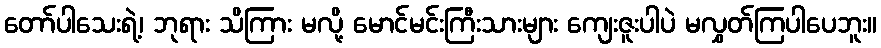
တော်ပါသေးရဲ့၊ ဘုရား သိကြား မလို့ မောင်မင်းကြီးသားများ ကျေးဇူးပါပဲ မလွှတ်ကြပါပေဘူး။